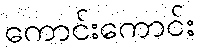
ကောင်းကောင်း